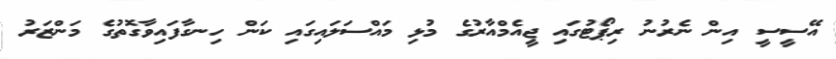
އޭސީސީ އިން ނެރުނު ރިޕޯޓުގައި ޖީއެމްއާރުގެ މުޅި މައްސަލައިގައި ކަން ހިނގާފައިވާގޮތުގެ މަންޒަރު